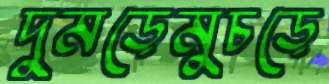
দুমড়েমুচড়ে